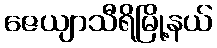
ဇေယျာသီရိမြို့နယ်